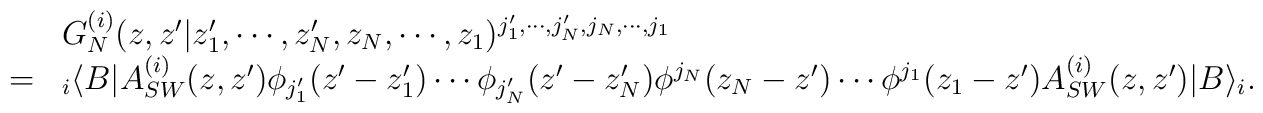
\begin{array}{cl}&G^{(i)}_N (z, z'| z'_1 , \cdots , z'_N , z_N , \cdots , z_1 )^{j'_1 , \cdots , j'_N , j_N , \cdots , j_1} \\ =&{}_{i}\langle B|A^{(i)}_{SW} (z, z')\phi_{j'_1} (z'-z'_1 )\cdots \phi_{j'_N} (z'-z'_N )\phi^{j_N} (z_N -z') \cdots \phi^{j_1} (z_1 -z') A^{(i)}_{SW} (z, z')|B\rangle_i . \end{array}